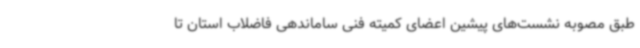
طبق مصوبه نشست‌های پیشین اعضای کمیته فنی ساماندهی فاضلاب استان تا